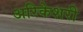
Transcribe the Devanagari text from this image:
अरिकेशरी